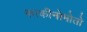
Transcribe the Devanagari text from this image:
काकीनोमोतो